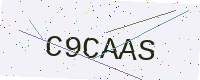
Text: C9CAAS